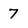
Character: 7